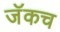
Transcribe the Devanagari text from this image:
जॅकच